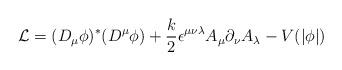
LaTeX: \begin{align*}{\cal L} = (D_{\mu}\phi)^{*} (D^{\mu}\phi) + \frac{k}{2}\epsilon^{\mu\nu\lambda} A_{\mu}\partial_{\nu}A_{\lambda} -V(\vert\phi\vert)\end{align*}